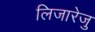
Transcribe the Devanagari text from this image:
लिजारेजु